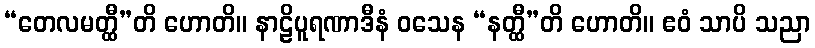
“တေလမတ္ထီ”တိ ဟောတိ။ နာဠိပူရဏာဒီနံ ဝသေန “နတ္ထီ”တိ ဟောတိ။ ဧဝံ သာပိ သညာ